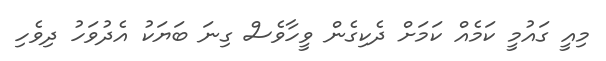
މިއީ ގައުމީ ކަމެއް ކަމަށް ދެކިގެން ވީހާވެސް ގިނަ ބަޔަކު އެދުވަހު ދިވެހި